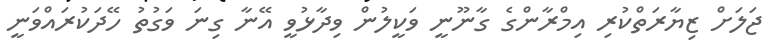
ޖަލަށް ޒިޔާރަތްކުރި އިމްރާންގެ ގާނޫނީ ވަކީލުން ވިދާޅުވީ އޭނާ ގިނަ ވަގުތު ހޭދަކުރައްވަނީ